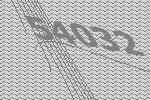
54032